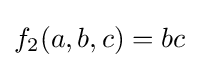
f_{2}(a,b,c)=bc